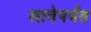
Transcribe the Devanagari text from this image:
लावेपर्यंत